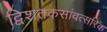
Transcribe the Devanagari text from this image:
द्विशतकसांवत्सरिक